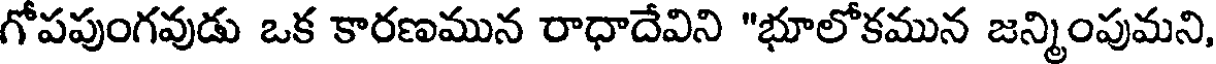
గోపపుంగవుడు ఒక కారణమున రాధాదేవిని "భూలోకమున జన్మింపుమని,